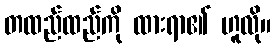
တထည်ထည်ကို ထားရာ၏ ဟူလို။